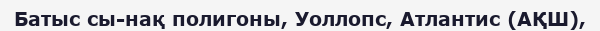
Батыс сы-нақ полигоны, Уоллопс, Атлантис (АҚШ),